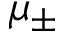
\mu _ { \pm }